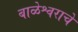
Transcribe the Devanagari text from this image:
बाळेश्वराचे